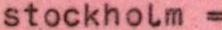
stockholm =